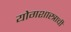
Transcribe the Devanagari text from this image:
योगशास्त्राची